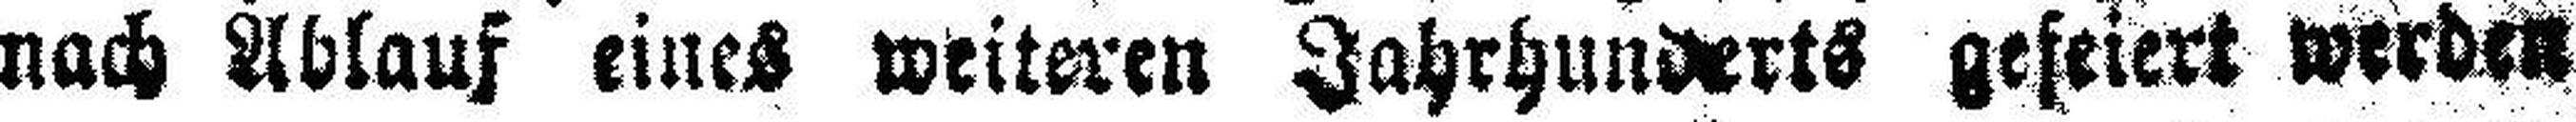
nach Ablauf eines weiteren Jahrhunderts gefeiert werden